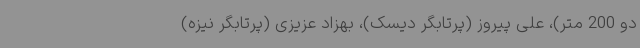
دو 200 متر)، علی پیروز (پرتابگر دیسک)، بهزاد عزیزی (پرتابگر نیزه)